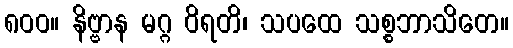
၈၀၀။ နိဗ္ဗာန မဂ္ဂ ဝိရတိ၊ သပထေ သစ္စဘာသိတေ။